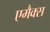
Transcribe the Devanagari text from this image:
एमैक्स